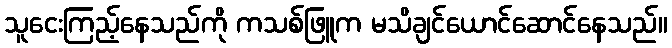
သူငေးကြည့်နေသည်ကို ကသစ်ဖြူက မသိချင်ယောင်ဆောင်နေသည်။